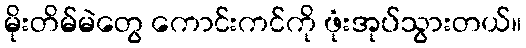
မိုးတိမ်မဲတွေ ကောင်းကင်ကို ဖုံးအုပ်သွားတယ်။